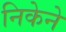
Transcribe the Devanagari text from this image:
निकेने